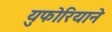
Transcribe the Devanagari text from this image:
युफोरियाने